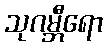
သုဂမ္ဘီရော